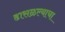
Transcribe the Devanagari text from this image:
ढासळल्याचा